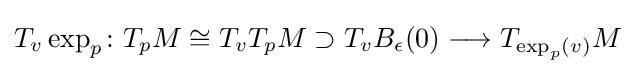
T_{v}\exp _{p}\colon T_{p}M\cong T_{v}T_{p}M\supset T_{v}B_{\epsilon }(0)\longrightarrow T_{\exp _{p}(v)}M